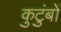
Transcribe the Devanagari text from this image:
कुटुंबों